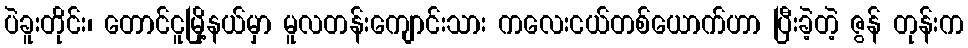
ပဲခူးတိုင်း၊ တောင်ငူမြို့နယ်မှာ မူလတန်းကျောင်းသား ကလေးငယ်တစ်ယောက်ဟာ ပြီးခဲ့တဲ့ ဇွန် တုန်းက